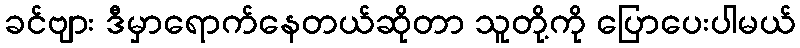
ခင်ဗျား ဒီမှာရောက်နေတယ်ဆိုတာ သူတို့ကို ပြောပေးပါမယ်